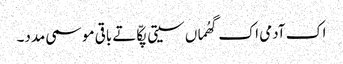
اک آدمی اک گھُماں سیتی پکّا تے باقی موسمی مدد۔